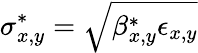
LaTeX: \sigma_{x,y}^{*}=\sqrt{\beta_{x,y}^{*}\epsilon_{x,y}}